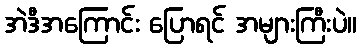
အဲဒီအကြောင်း ပြောရင် အများကြီးပဲ။